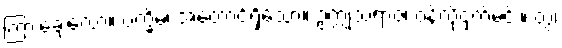
ကြားချေလော။ ပက္ခိမ၊ အတောင်ရှိသော။ ဥက္ကုသရာဇ၊ ဝန်လိုငှက်မင်း။ တွံ၊